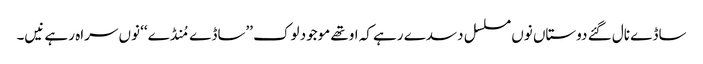
ساڈے نال گئے دوستاں نوں مسلسل دسدے رہے کہ اوتھے موجود لوک ’’ساڈے مُنڈے‘‘ نوں سراہ رہے نیں۔